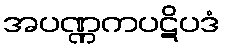
အပဏ္ဏကပဋိပဒံ